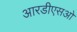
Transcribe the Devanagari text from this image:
आरडीएसओ